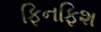
ફિનફિશ